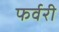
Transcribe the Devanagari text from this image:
फर्वरी